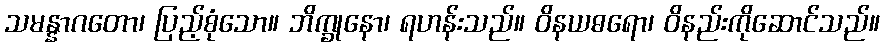
သမန္နာဂတော၊ ပြည့်စုံသော။ ဘိက္ခုနော၊ ရဟန်းသည်။ ဝိနယဓရော၊ ဝိနည်းကိုဆောင်သည်။